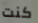
كنت